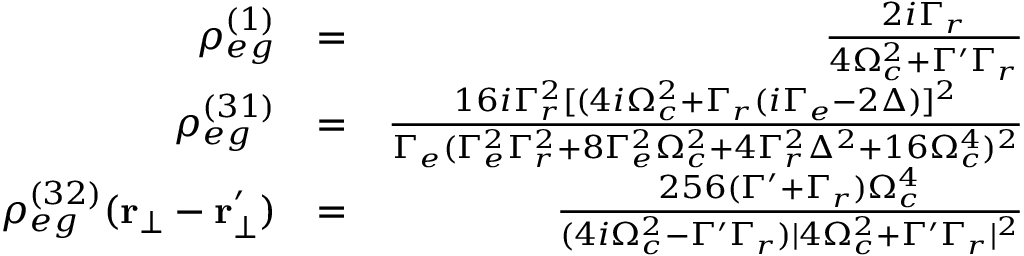
\begin{array} { r l r } { \rho _ { e g } ^ { ( 1 ) } } & { = } & { \frac { 2 i \Gamma _ { r } } { 4 \Omega _ { c } ^ { 2 } + \Gamma ^ { \prime } \Gamma _ { r } } } \\ { \rho _ { e g } ^ { ( 3 1 ) } } & { = } & { \frac { 1 6 i \Gamma _ { r } ^ { 2 } [ ( 4 i \Omega _ { c } ^ { 2 } + \Gamma _ { r } ( i \Gamma _ { e } - 2 \Delta ) ] ^ { 2 } } { \Gamma _ { e } ( \Gamma _ { e } ^ { 2 } \Gamma _ { r } ^ { 2 } + 8 \Gamma _ { e } ^ { 2 } \Omega _ { c } ^ { 2 } + 4 \Gamma _ { r } ^ { 2 } \Delta ^ { 2 } + 1 6 \Omega _ { c } ^ { 4 } ) ^ { 2 } } } \\ { \rho _ { e g } ^ { ( 3 2 ) } ( \mathbf { r _ { \bot } } - \mathbf { r _ { \bot } ^ { \prime } } ) } & { = } & { \frac { 2 5 6 ( \Gamma ^ { \prime } + \Gamma _ { r } ) \Omega _ { c } ^ { 4 } } { ( 4 i \Omega _ { c } ^ { 2 } - \Gamma ^ { \prime } \Gamma _ { r } ) | 4 \Omega _ { c } ^ { 2 } + \Gamma ^ { \prime } \Gamma _ { r } | ^ { 2 } } } \end{array}